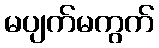
မပျက်မကွက်